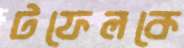
টফেলকে